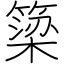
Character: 簗